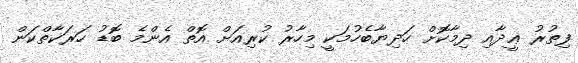
ފިތުރު ޢީދާއި ދިމާކޮށް ހަދިޔާބެހުމަކީ މިހާރު ކުރިއަށް އޮތް އެންމެ ބޮޑު ހަރަކާތްކަން